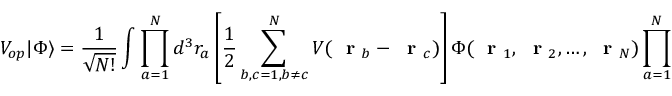
V _ { o p } | \Phi \rangle = \frac { 1 } { \sqrt { N ! } } \int \prod _ { a = 1 } ^ { N } d ^ { 3 } r _ { a } \left[ \frac { 1 } { 2 } \sum _ { b , c = 1 , b \ne c } ^ { N } V ( \mathrm { ~ \bf ~ r ~ } _ { b } - \mathrm { ~ \bf ~ r ~ } _ { c } ) \right] \Phi ( \mathrm { ~ \bf ~ r ~ } _ { 1 } , \mathrm { ~ \bf ~ r ~ } _ { 2 } , \dots , \mathrm { ~ \bf ~ r ~ } _ { N } ) \prod _ { a = 1 } ^ { N } \hat { \psi } ^ { + } ( \mathrm { ~ \bf ~ r ~ } _ { a } ) | 0 \rangle